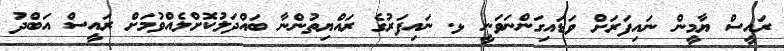
ރައީސް ޔާމީން ނައިފަރަށް ވަޑައިގަންނަވަނީ ޅ. ނައިފަރުގެ ރައްޔިތުންނާ ބައްދަލުކޮށްލެއްވުމަށް ރައީސް އަބްދު